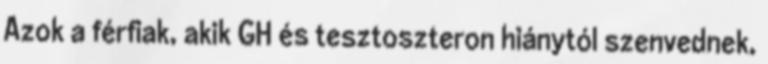
Azok a férfiak, akik GH és tesztoszteron hiánytól szenvednek,